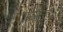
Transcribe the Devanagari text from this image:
मसीतां